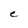
Character: C